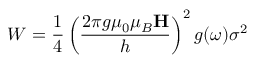
W = \frac { 1 } { 4 } \left( \frac { 2 \pi g \mu _ { 0 } \mu _ { B } \mathbf { H } } { h } \right) ^ { 2 } g ( \omega ) \sigma ^ { 2 }